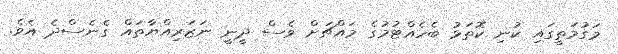
މަގުމަތީގައި ކުނި ކޮތަޅު ބެހެއްޓުމުގެ މައްޗަށް ވެސް ދީނީ ނަޒަރިއްޔާތައް ގެނެސްދެ އެވެ.